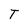
Character: T